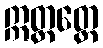
ဣတ္ထတ္တေ